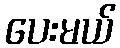
ပေးမယ်